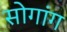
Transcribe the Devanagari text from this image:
सोगांग